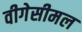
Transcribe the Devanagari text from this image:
वीगेसीमल